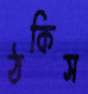
ঠকিস